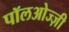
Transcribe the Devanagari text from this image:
पॉलओज्ज़ी